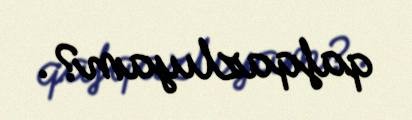
qafqazlıyam?.